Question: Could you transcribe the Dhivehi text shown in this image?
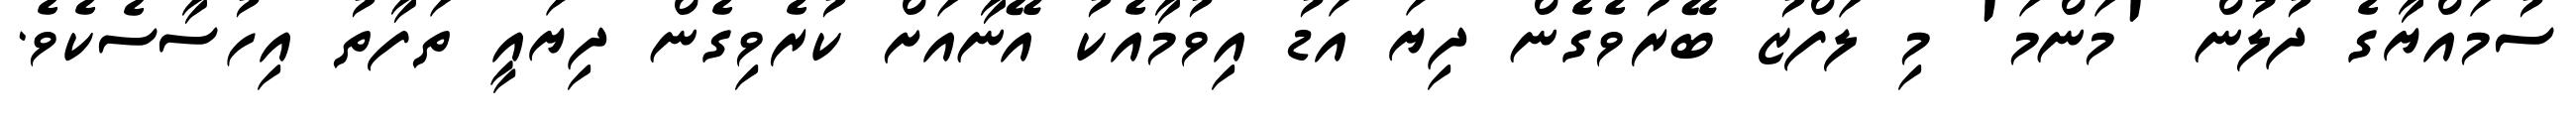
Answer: ސުމައްޔާގެ ދުލުން 'މަންމަ' މި ލަފްޒު ބޭރުވެގެން ދިޔަ އަޑު އިވުމާއެކު އޭނާއަށް ކުރެވިގެން ދިޔައީ ތަފާތު އިހުސާސެކެވެ.